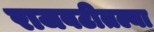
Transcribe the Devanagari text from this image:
राजवटीतल्या